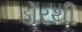
ડોરથી